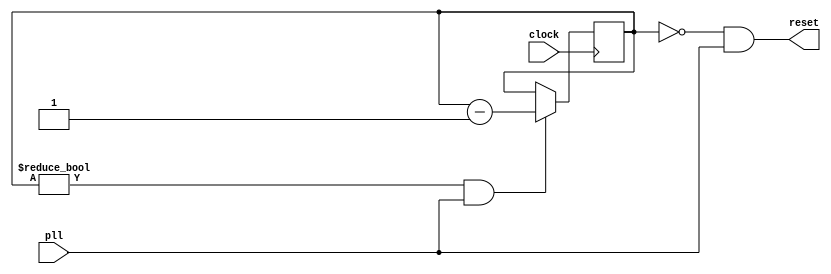





module master_reset (
	input clock,
	input pll,
	output reset		
	);
	
	reg [31:0] reset_timer;
   
	initial
	begin
		reset_timer = 32'd100_000;	// time to release reset = 0.5 sec
	end
	
	assign reset = (reset_timer == 0) & pll;
		
	always @(posedge clock)
		if (reset_timer != 0 & pll)
			reset_timer <= reset_timer - 1'd1;
			
endmodule